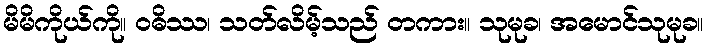
မိမိကိုယ်ကို။ ဝဓိဿ၊ သတ်လိမ့်သည် တကား။ သုမုခ၊ အမောင်သုမုခ။